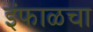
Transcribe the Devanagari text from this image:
इंफाळचा